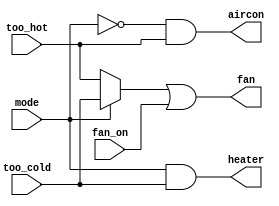
module thermostat(
  input mode,
  input too_cold,
  input too_hot,
  input fan_on,
  output heater,
  output aircon,
  output fan

);

  assign fan = (mode ? too_cold : too_hot) | fan_on;
  assign heater = (mode & too_cold);
  assign aircon = (~mode & too_hot);

endmodule